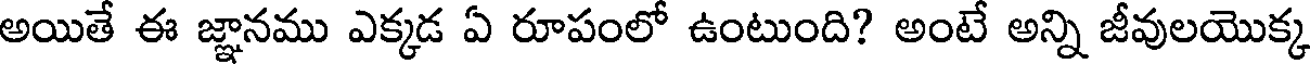
అయితే ఈ జ్ఞానము ఎక్కడ ఏ రూపంలో ఉంటుంది? అంటే అన్ని జీవులయొక్క